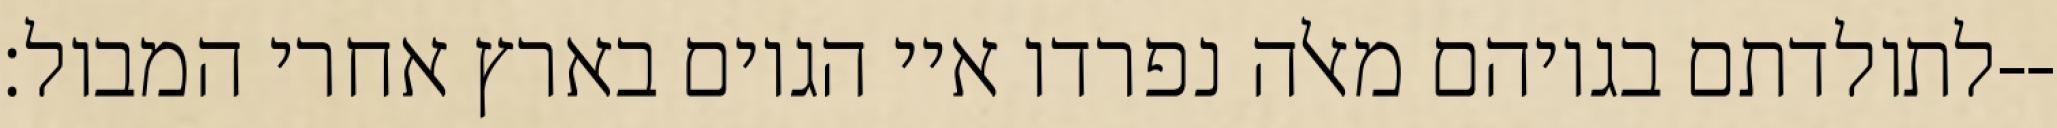
לתולדתם בגויהם מאלה נפרדו איי הגוים בארץ אחרי המבול׃--